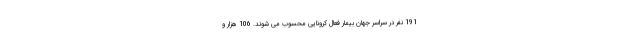
191 نفر در سراسر جهان بیمار فعال کرونایی محسوب می شوند. 106 هزار و